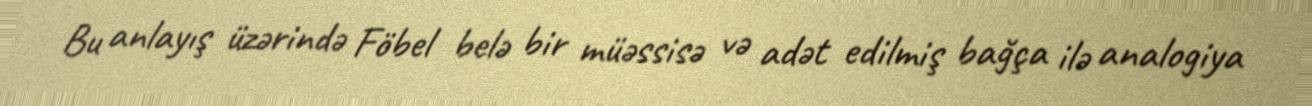
Bu anlayış üzərində Föbel belə bir müəssisə və adət edilmiş bağça ilə analogiya